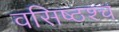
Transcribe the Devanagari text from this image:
वसिष्ठश्च